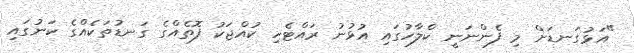
"އަޅުގަނޑަށް މި ފެންނަނީ ކްލާހުގައި އުޅުނު ރައްޓެހި ކުއްޖަކު ފޮތެއްގެ ގަނޑުތަކެއްގެ ކަނުގައި